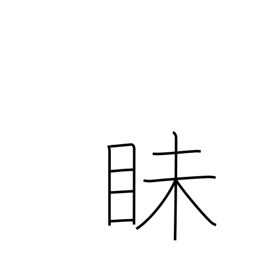
Meaning: dark